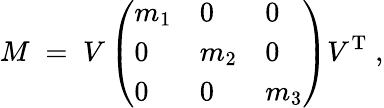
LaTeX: M\; =\; V\left(\begin{array}{lll}{{m_{1}}}&{{0}}&{{0}}\\ {{0}}&{{m_{2}}}&{{0}}\\ {{0}}&{{0}}&{{m_{3}}}\end{array}\right)V^{\mathrm{T}}\; ,